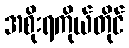
အစိုးရကိုယ်တိုင်